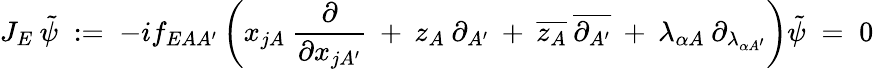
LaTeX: J_{E}\: \tilde{\psi}\; :=\; -if_{EAA^{\prime}}\left(x_{jA}\: \frac{\partial}{\partial x_{jA^{\prime}}}\: +\: z_{A}\: \partial_{A^{\prime}}\: +\: \overline{{{z_{A}}}}\: \overline{{{\partial_{A^{\prime}}}}}\: +\: \lambda_{\alpha A}\: \partial_{\lambda_{\alpha A^{\prime}}}\right)\tilde{\psi}\; =\; 0